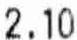
2.10